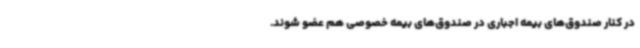
در کنار صندوق‌های بیمه اجباری در صندوق‌های بیمه خصوصی هم عضو شوند.